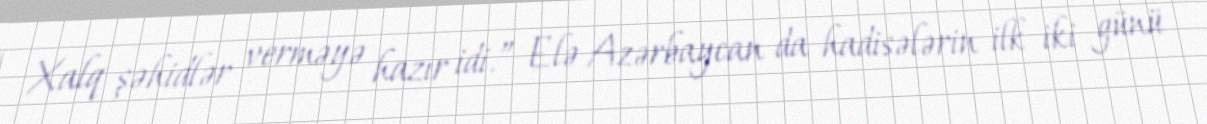
Xalq şəhidlər verməyə hazır idi.” Elə Azərbaycan da hadisələrin ilk iki günü